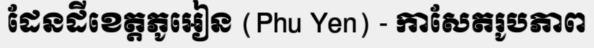
ដែនដីខេត្តភូអៀន (Phu Yen) - កាសែតរូបភាព